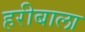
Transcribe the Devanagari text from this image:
हरीबाला